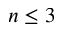
n \leq 3